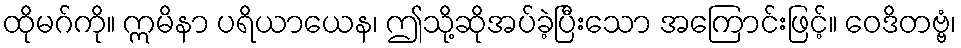
ထိုမဂ်ကို။ ဣမိနာ ပရိယာယေန၊ ဤသို့ဆိုအပ်ခဲ့ပြီးသော အကြောင်းဖြင့်။ ဝေဒိတဗ္ဗံ၊